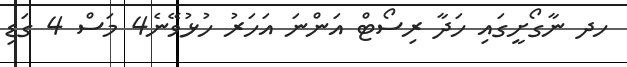
ހދ ނާގޯށީގައި ހަދާ ރިސޯޓް އަންނަ އަހަރު ހުޅުވޭނެ4 މަސް 4 ގަޑި